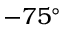
\boldsymbol { - 7 5 ^ { \circ } }